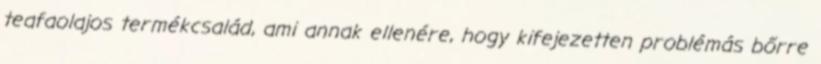
teafaolajos termékcsalád, ami annak ellenére, hogy kifejezetten problémás bőrre